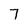
Character: 7